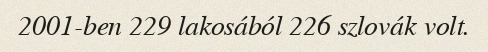
2001-ben 229 lakosából 226 szlovák volt.